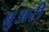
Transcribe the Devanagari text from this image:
ब्रुअरी